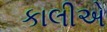
કાલીએ